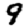
Digit: 9